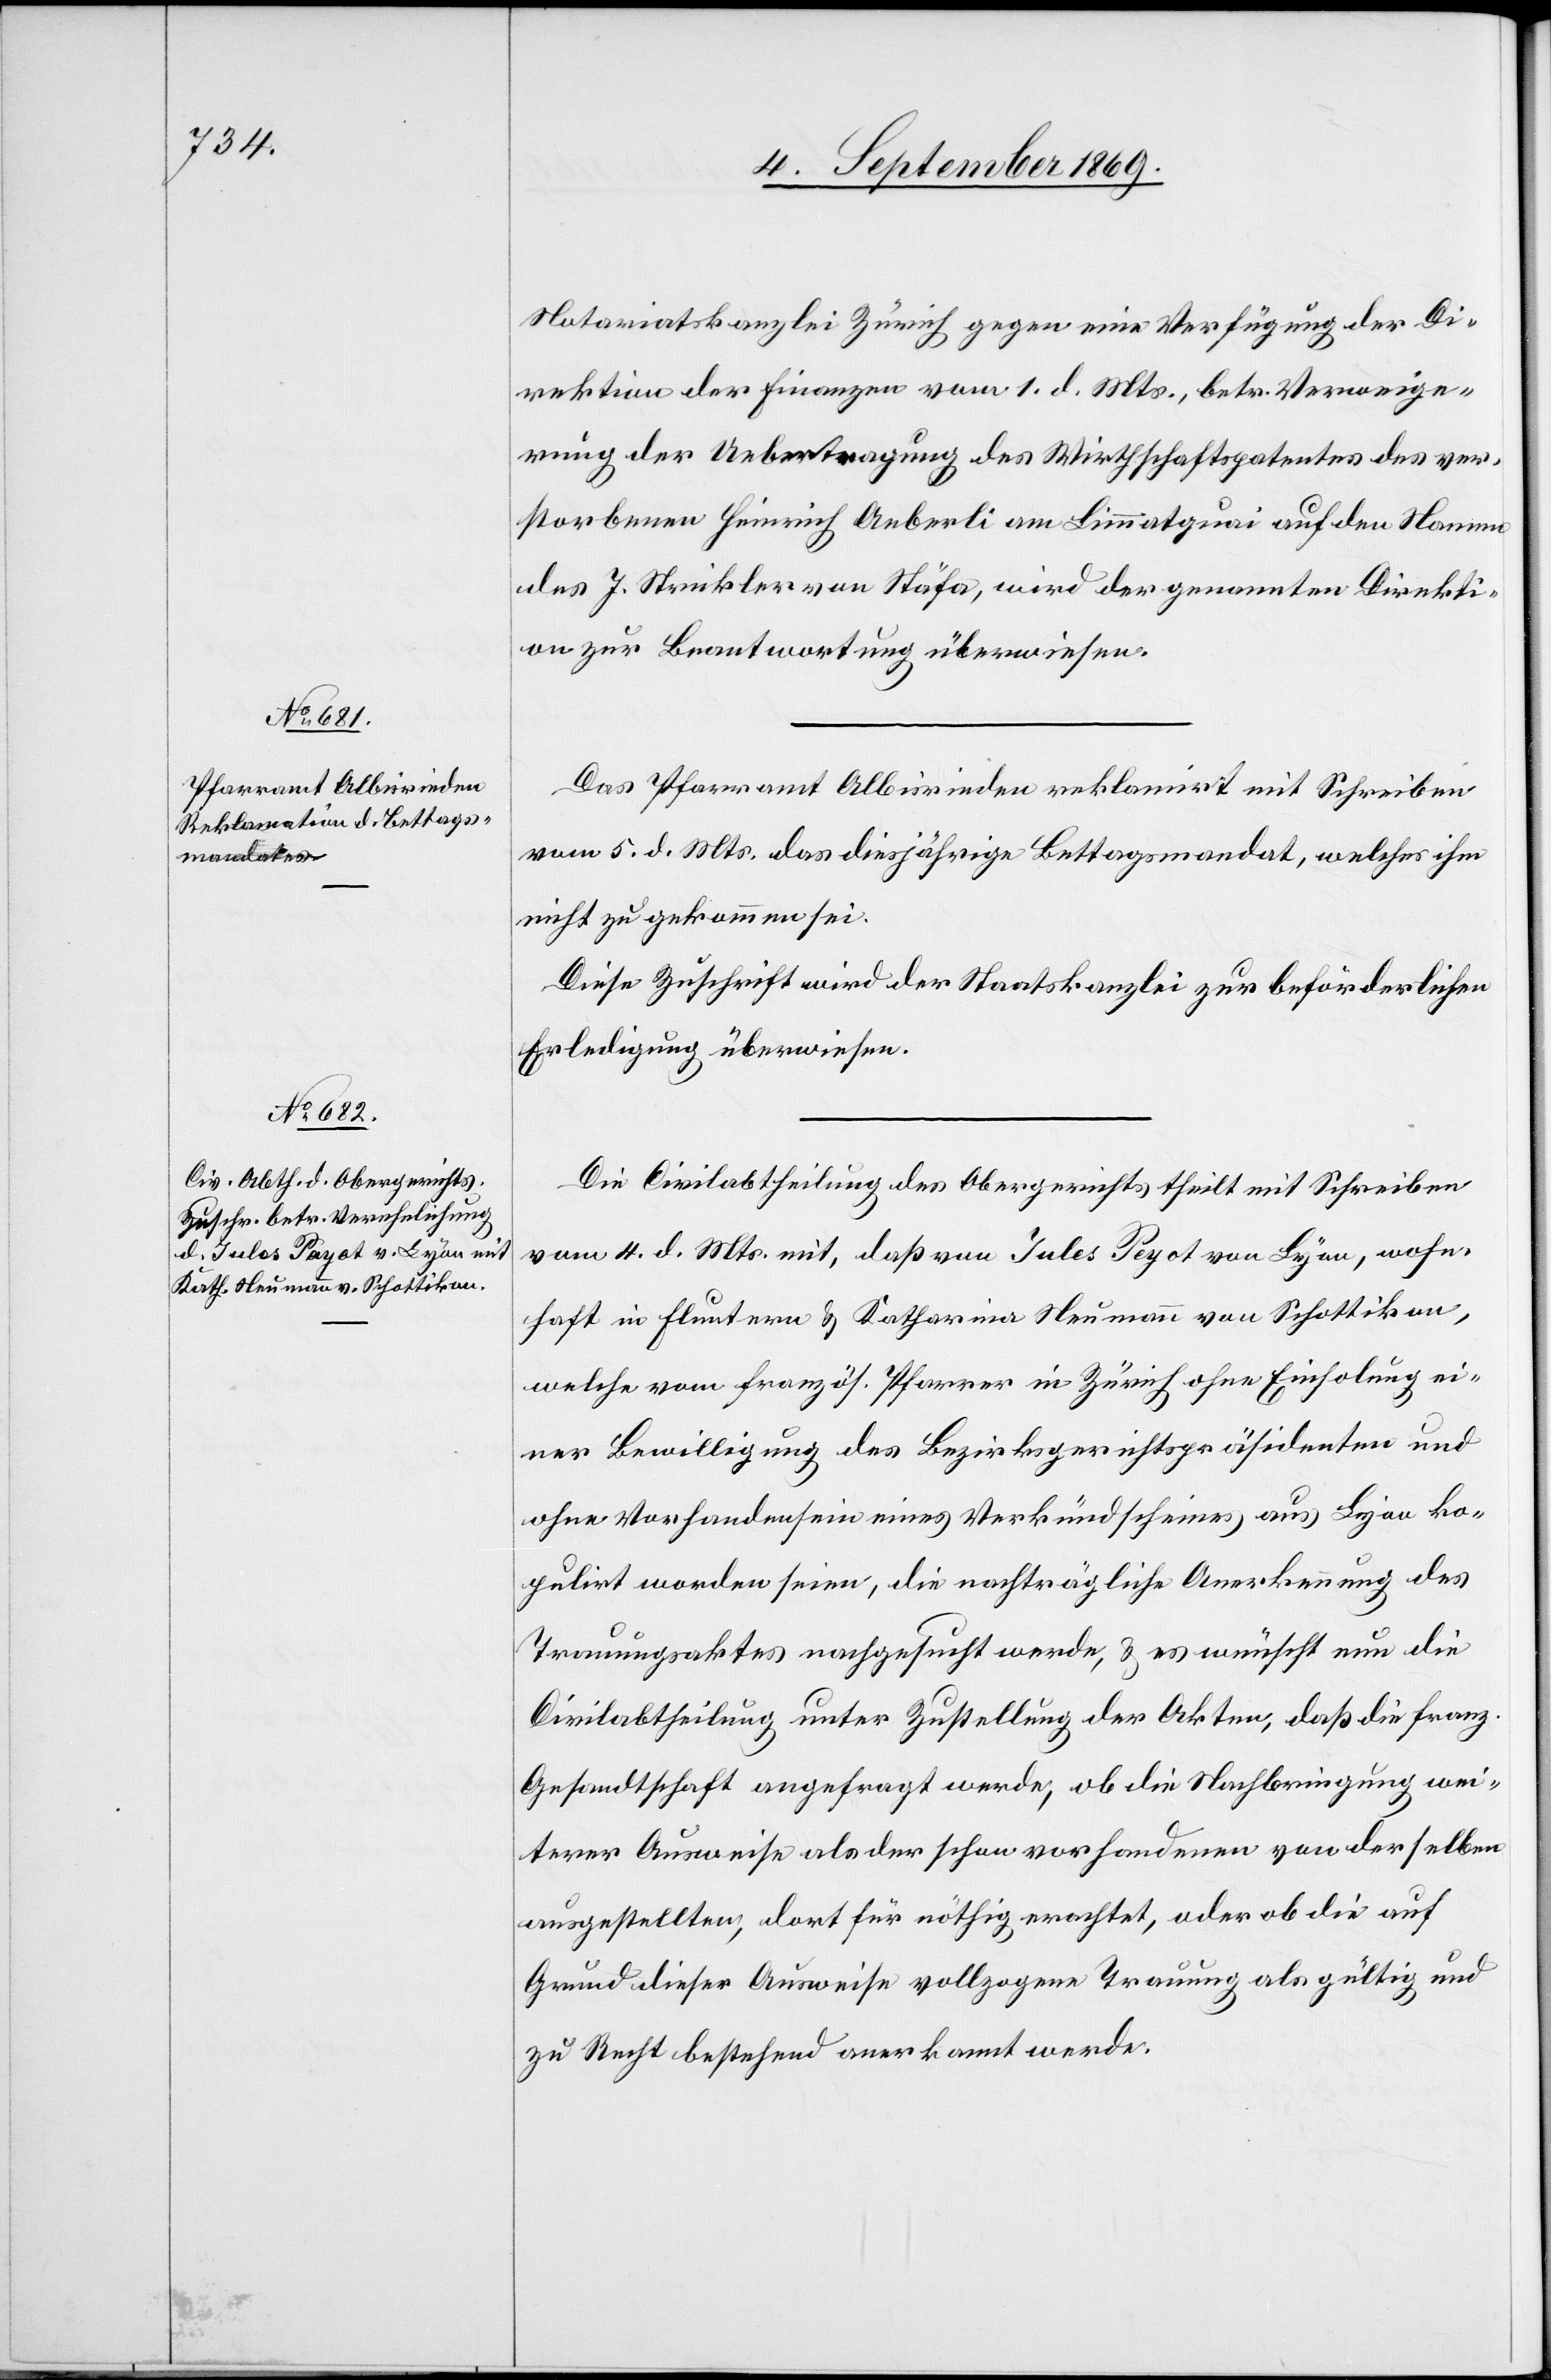
8. September 1869.]
Notariatskanzlei Zürich gegen eine Verfügung der Di¬
rektion der Finanzen vom 1. d. Mts., betr. Verweige¬
rung der Uebertragung des Wirthschaftspatentes des ver¬
storbenen Heinrich Aeberli am Limmatquai auf den Namen
des J. Strickler von Stäfa, wird der genannten Direkti¬
on zur Beantwortung überwiesen.
Das Pfarramt Albisrieden reklamirt mit Schreiben
vom 5. d. Mts. das diesjährige Bettagsmandat, welches ihm
nicht zugekommen sei.
Diese Zuschrift wird der Staatskanzlei zur beförderlichen
Erledigung überweisen.
Die Civilabtheilung des Obergerichts theilt mit Schreiben
vom 4. d. Mts. mit, daß von Jules Peyot [sic!] von Lyon, wohn¬
haft in Fluntern & Katharina Neumann von Schottikon,
welche vom französ. Pfarrer in Zürich ohne Einholung ei¬
ner Bewilligung des Bezirksgerichtspräsidenten und
ohne Vorhandensein eines Verkündscheines aus Lyon ko¬
pulirt worden seien, die nachträgliche Anerkennung des
Trauungsaktes nachgesucht werde, & es wünscht nun die
Civilabtheilung unter Zustellung der Akten, daß die franz.
Gesandtschaft angefragt werde, ob die Nachbringung wei¬
terer Ausweise als der schon vorhandenen von derselben
ausgestellten, dort für nöthig erachtet, oder ob die auf
Grund dieser Ausweise vollzogene Trauung als gültig und
zu Recht bestehend anerkannt werde.